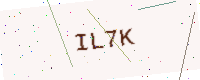
Text: IL7K